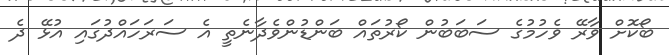
ބޯކޮށް ވާރޭ ވެހުމުގެ ސަބަބުން ކޯރުތައް ބަންޑުންވެދާނެތީ އެ ސަރަހައްދުގައި އުޅޭ ދެ